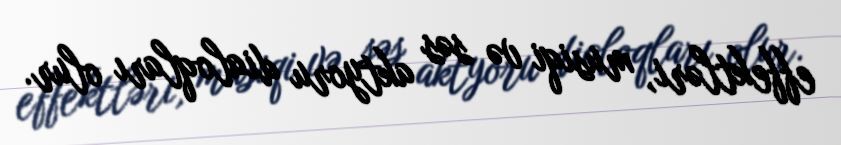
effektləri, musiqi və səs aktyoru dialoqları olur.